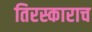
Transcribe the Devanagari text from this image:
तिरस्काराच